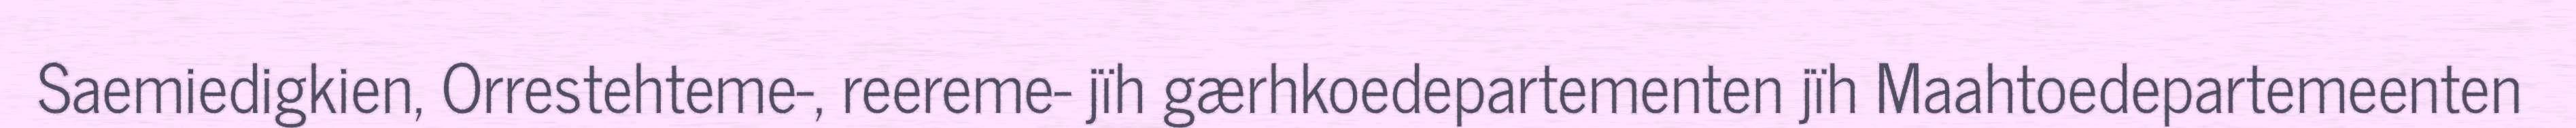
Saemiedigkien, Orrestehteme-, reereme- jïh gærhkoedepartementen jïh Maahtoedepartemeenten